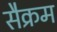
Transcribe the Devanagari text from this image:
सैक्रम